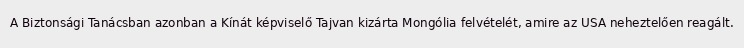
A Biztonsági Tanácsban azonban a Kínát képviselő Tajvan kizárta Mongólia felvételét, amire az USA neheztelően reagált.